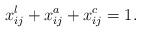
LaTeX: \begin{align*}x^l_{ij} + x^a_{ij} + x^c_{ij} = 1.\end{align*}